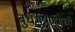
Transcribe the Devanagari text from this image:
बुधभूषणमध्ये